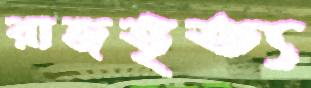
রাজভৃত্য